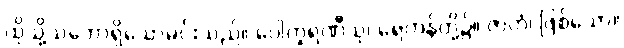
ထိုသို့သဘောရှိသောမင်းသည်။ ပေါက္ခရဏီသု၊ ရေကန်တို့၌။ ဇာတံ၊ ဖြစ်သော။